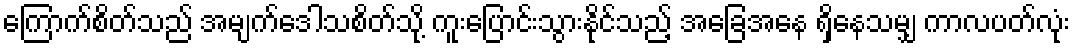
ကြောက်စိတ်သည် အမျက်ဒေါသစိတ်သို့ ကူးပြောင်းသွားနိုင်သည့် အခြေအနေ ရှိနေသမျှ ကာလပတ်လုံး